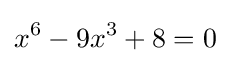
x^{6}-9x^{3}+8=0